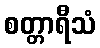
စတ္တာရီသံ